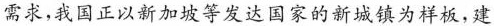
需求，我国正以新加坡等发达国家的新城镇为样板，建